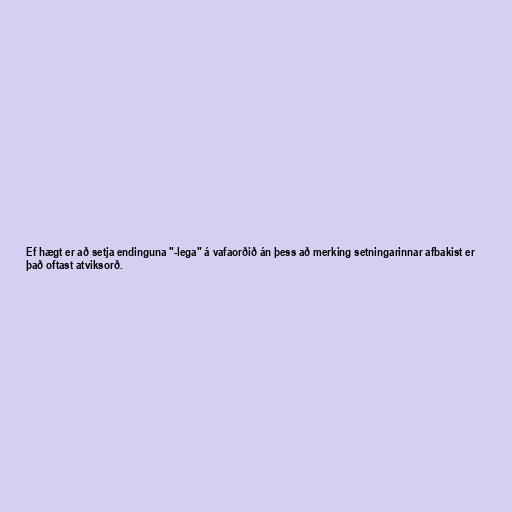
Ef hægt er að setja endinguna "-lega" á vafaorðið án þess að merking setningarinnar afbakist er
það oftast atviksorð.